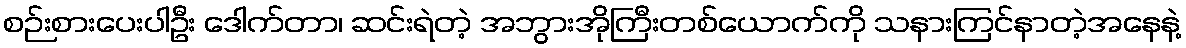
စဉ်းစားပေးပါဦး ဒေါက်တာ၊ ဆင်းရဲတဲ့ အဘွားအိုကြီးတစ်ယောက်ကို သနားကြင်နာတဲ့အနေနဲ့